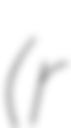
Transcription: (r